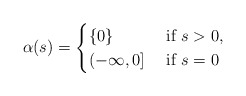
\begin{align*} \alpha(s) = \begin{cases} \{0\} &\mbox{ if } s > 0,\\ (-\infty,0] &\mbox{ if } s = 0 \end{cases} \end{align*}